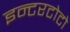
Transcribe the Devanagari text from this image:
इन्टरटोटो